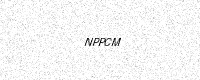
Text: NPPCM